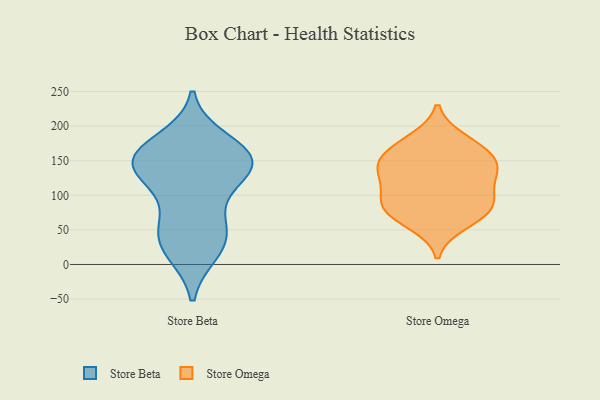
{"axis": {"x": "Demand Index", "y": "Value"}, "legend": ["Store Beta", "Store Omega"], "data": [{"x": "", "y": 24, "type": "Store Beta"}, {"x": "", "y": 154, "type": "Store Beta"}, {"x": "", "y": 144, "type": "Store Beta"}, {"x": "", "y": 133, "type": "Store Beta"}, {"x": "", "y": 157, "type": "Store Beta"}, {"x": "", "y": 37, "type": "Store Beta"}, {"x": "", "y": 19, "type": "Store Beta"}, {"x": "", "y": 136, "type": "Store Beta"}, {"x": "", "y": 162, "type": "Store Beta"}, {"x": "", "y": 117, "type": "Store Beta"}, {"x": "", "y": 152, "type": "Store Beta"}, {"x": "", "y": 179, "type": "Store Beta"}, {"x": "", "y": 58, "type": "Store Beta"}, {"x": "", "y": 61, "type": "Store Beta"}, {"x": "", "y": 73, "type": "Store Omega"}, {"x": "", "y": 157, "type": "Store Omega"}, {"x": "", "y": 131, "type": "Store Omega"}, {"x": "", "y": 86, "type": "Store Omega"}, {"x": "", "y": 171, "type": "Store Omega"}, {"x": "", "y": 140, "type": "Store Omega"}, {"x": "", "y": 86, "type": "Store Omega"}, {"x": "", "y": 59, "type": "Store Omega"}, {"x": "", "y": 150, "type": "Store Omega"}, {"x": "", "y": 130, "type": "Store Omega"}, {"x": "", "y": 109, "type": "Store Omega"}, {"x": "", "y": 85, "type": "Store Omega"}, {"x": "", "y": 180, "type": "Store Omega"}]}